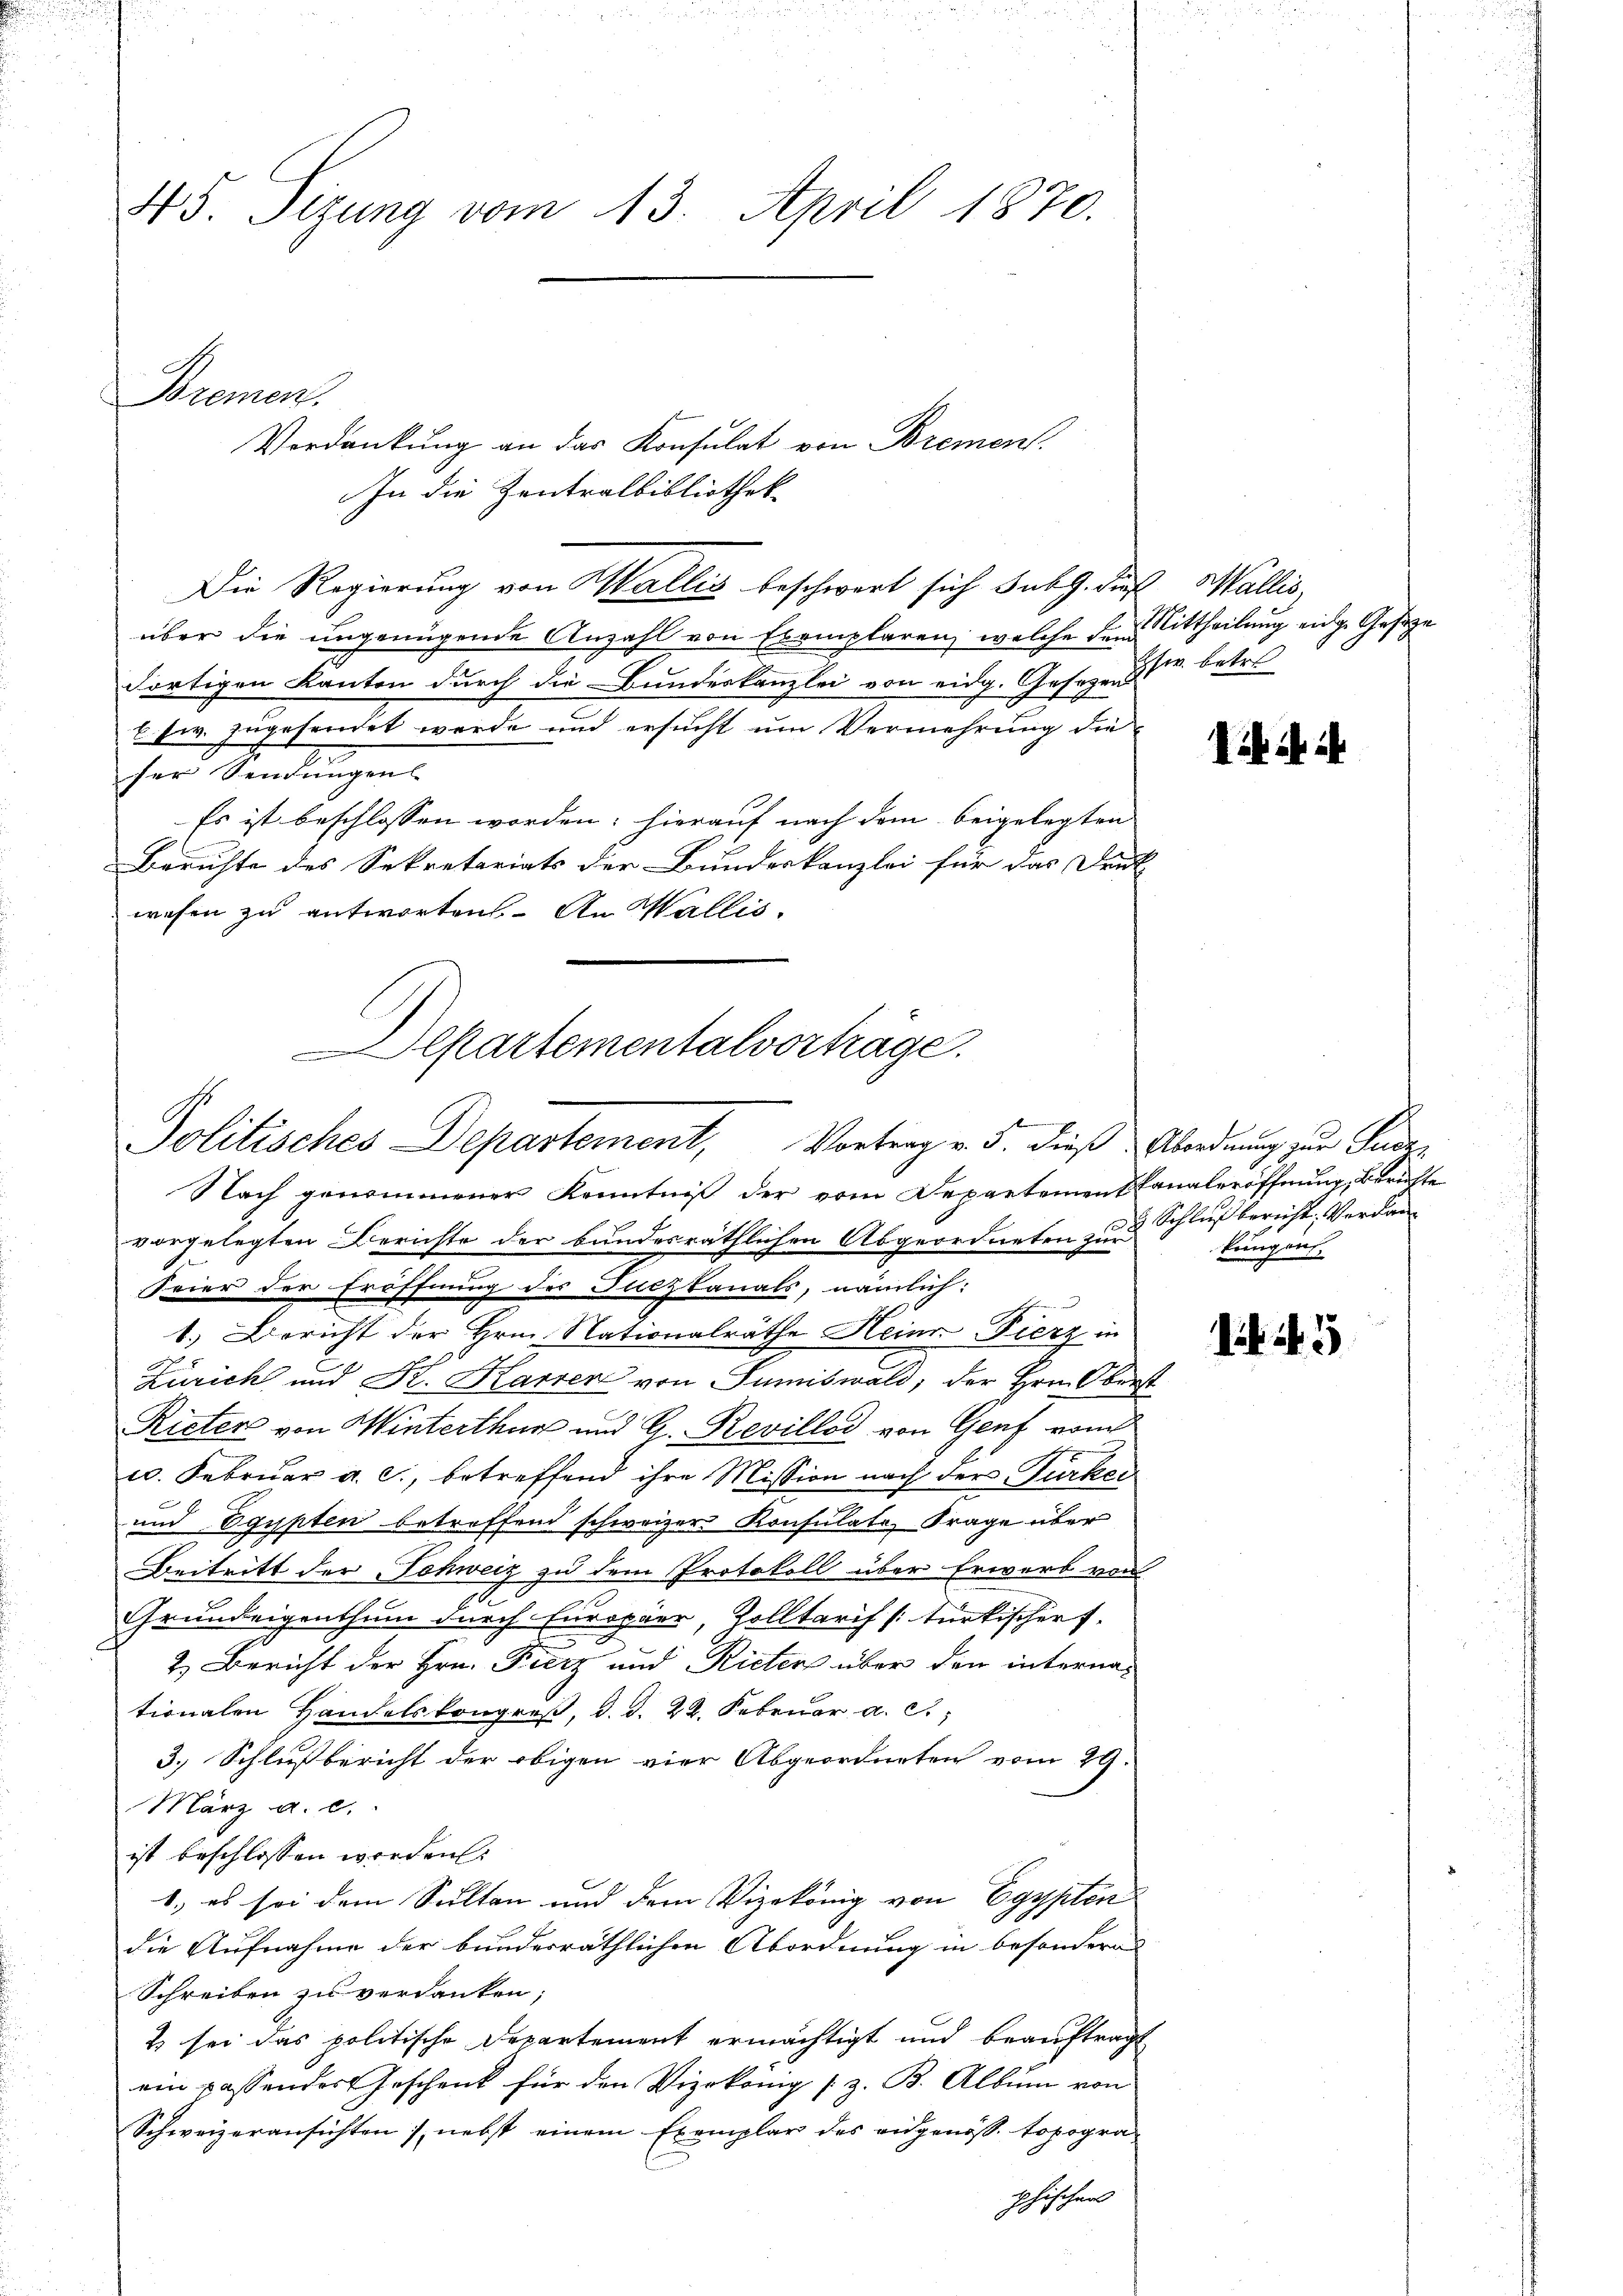
45 Sizung vom 13. April 1870.

Bremen

Verdankung an das Konsulat von Bremen
In die Zentralbibliothek
Die Regierung von Wallis beschwert sich sub 9. die
über die ungenügende Anzahl von Exemplaren, welche den Mittheilung eidge Geseze
dortigen Kanton durch die Bundeskanzlei von eidg. Gesezen u. betre
E Ew. zugesendet werde und ersucht um Vermehrung die
ser Sendungen
Es ist beschlossen worden; hierauf nach dem beigelegten
Berichte des Sekretariats der Bundeskanzlei für das Druck
wesen zu antworten. An Wallis.
Departementalverhäge

Politisches Departement, Vortrag v. 5. dieß Abordnung zur Gade¬

Nach genommener Kenntniß der vom Departement Canaleröffnung, Berichte
vorgelegten Berichte der bundesräthlichen Abgeordneten zur
Feier der Eröffnung des Fuchkanals, nämlich:
1.) Bericht der Hrn. Nationalräthe Heinr-Fierz in
Zürich und K. Karrer von Sumiswald, der Hrn. Oberst
Rieter von Winterthur und G. Revillod von Genf vom
c. Februar a. c., betreffend ihre Mission nach der Türker
und Egypten betreffend schweizer Konsulate Frage über
Beitritt der Schweiz zu dem Protokoll über Erwerb von
n
Grundeigenthum durch Europäer, Zolltarif türkischerf
2
n
e
2.) Bericht der Hrn. Fierz und Rieter über den internationalen Handelskongreß, d. d. 22. Februar a. c.,
3.) Schlußbericht der obigen vier Abgeordneten vom 29.
März a. c.
ist beschlossen werden.
1., es sei dem Sulten und dem Vizekönig von Egypten
die Aufnahme der bunderräthlichen Abordnung in besonderes
Schreiben zu verdanken;
2 sei das politische Departement ermächtigt und beauftragt
ein passender Geschenk für den Vizekonig (z. B. Album von
Schweizeransichten, nebst einem Exemplar des eidgenöss. topogra
phischen

Wallis,

i i

Schluß bericht, Verdan
kung aus

if. 45